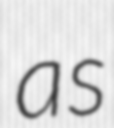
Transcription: as